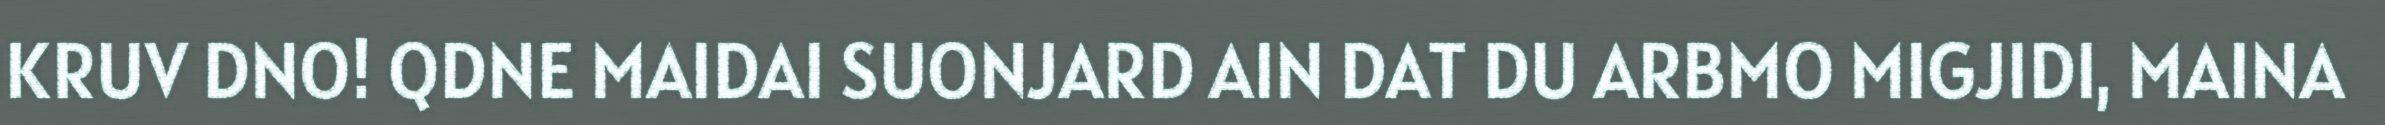
KRUV DNO! QDNE MAIDAI SUONJARD AIN DAT DU ARBMO MIGJIDI, MAINA